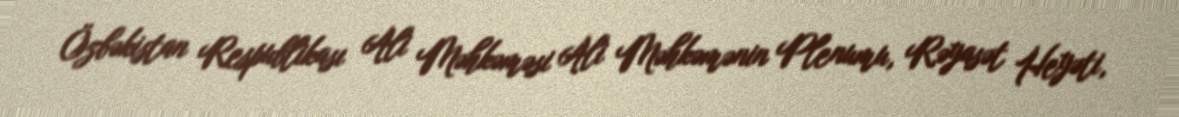
Özbəkistan Respublikası Ali Məhkəməsi Ali Məhkəmənin Plenumu, Rəyasət Heyəti,